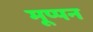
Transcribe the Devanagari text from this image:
मूप्पन